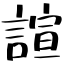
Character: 諠